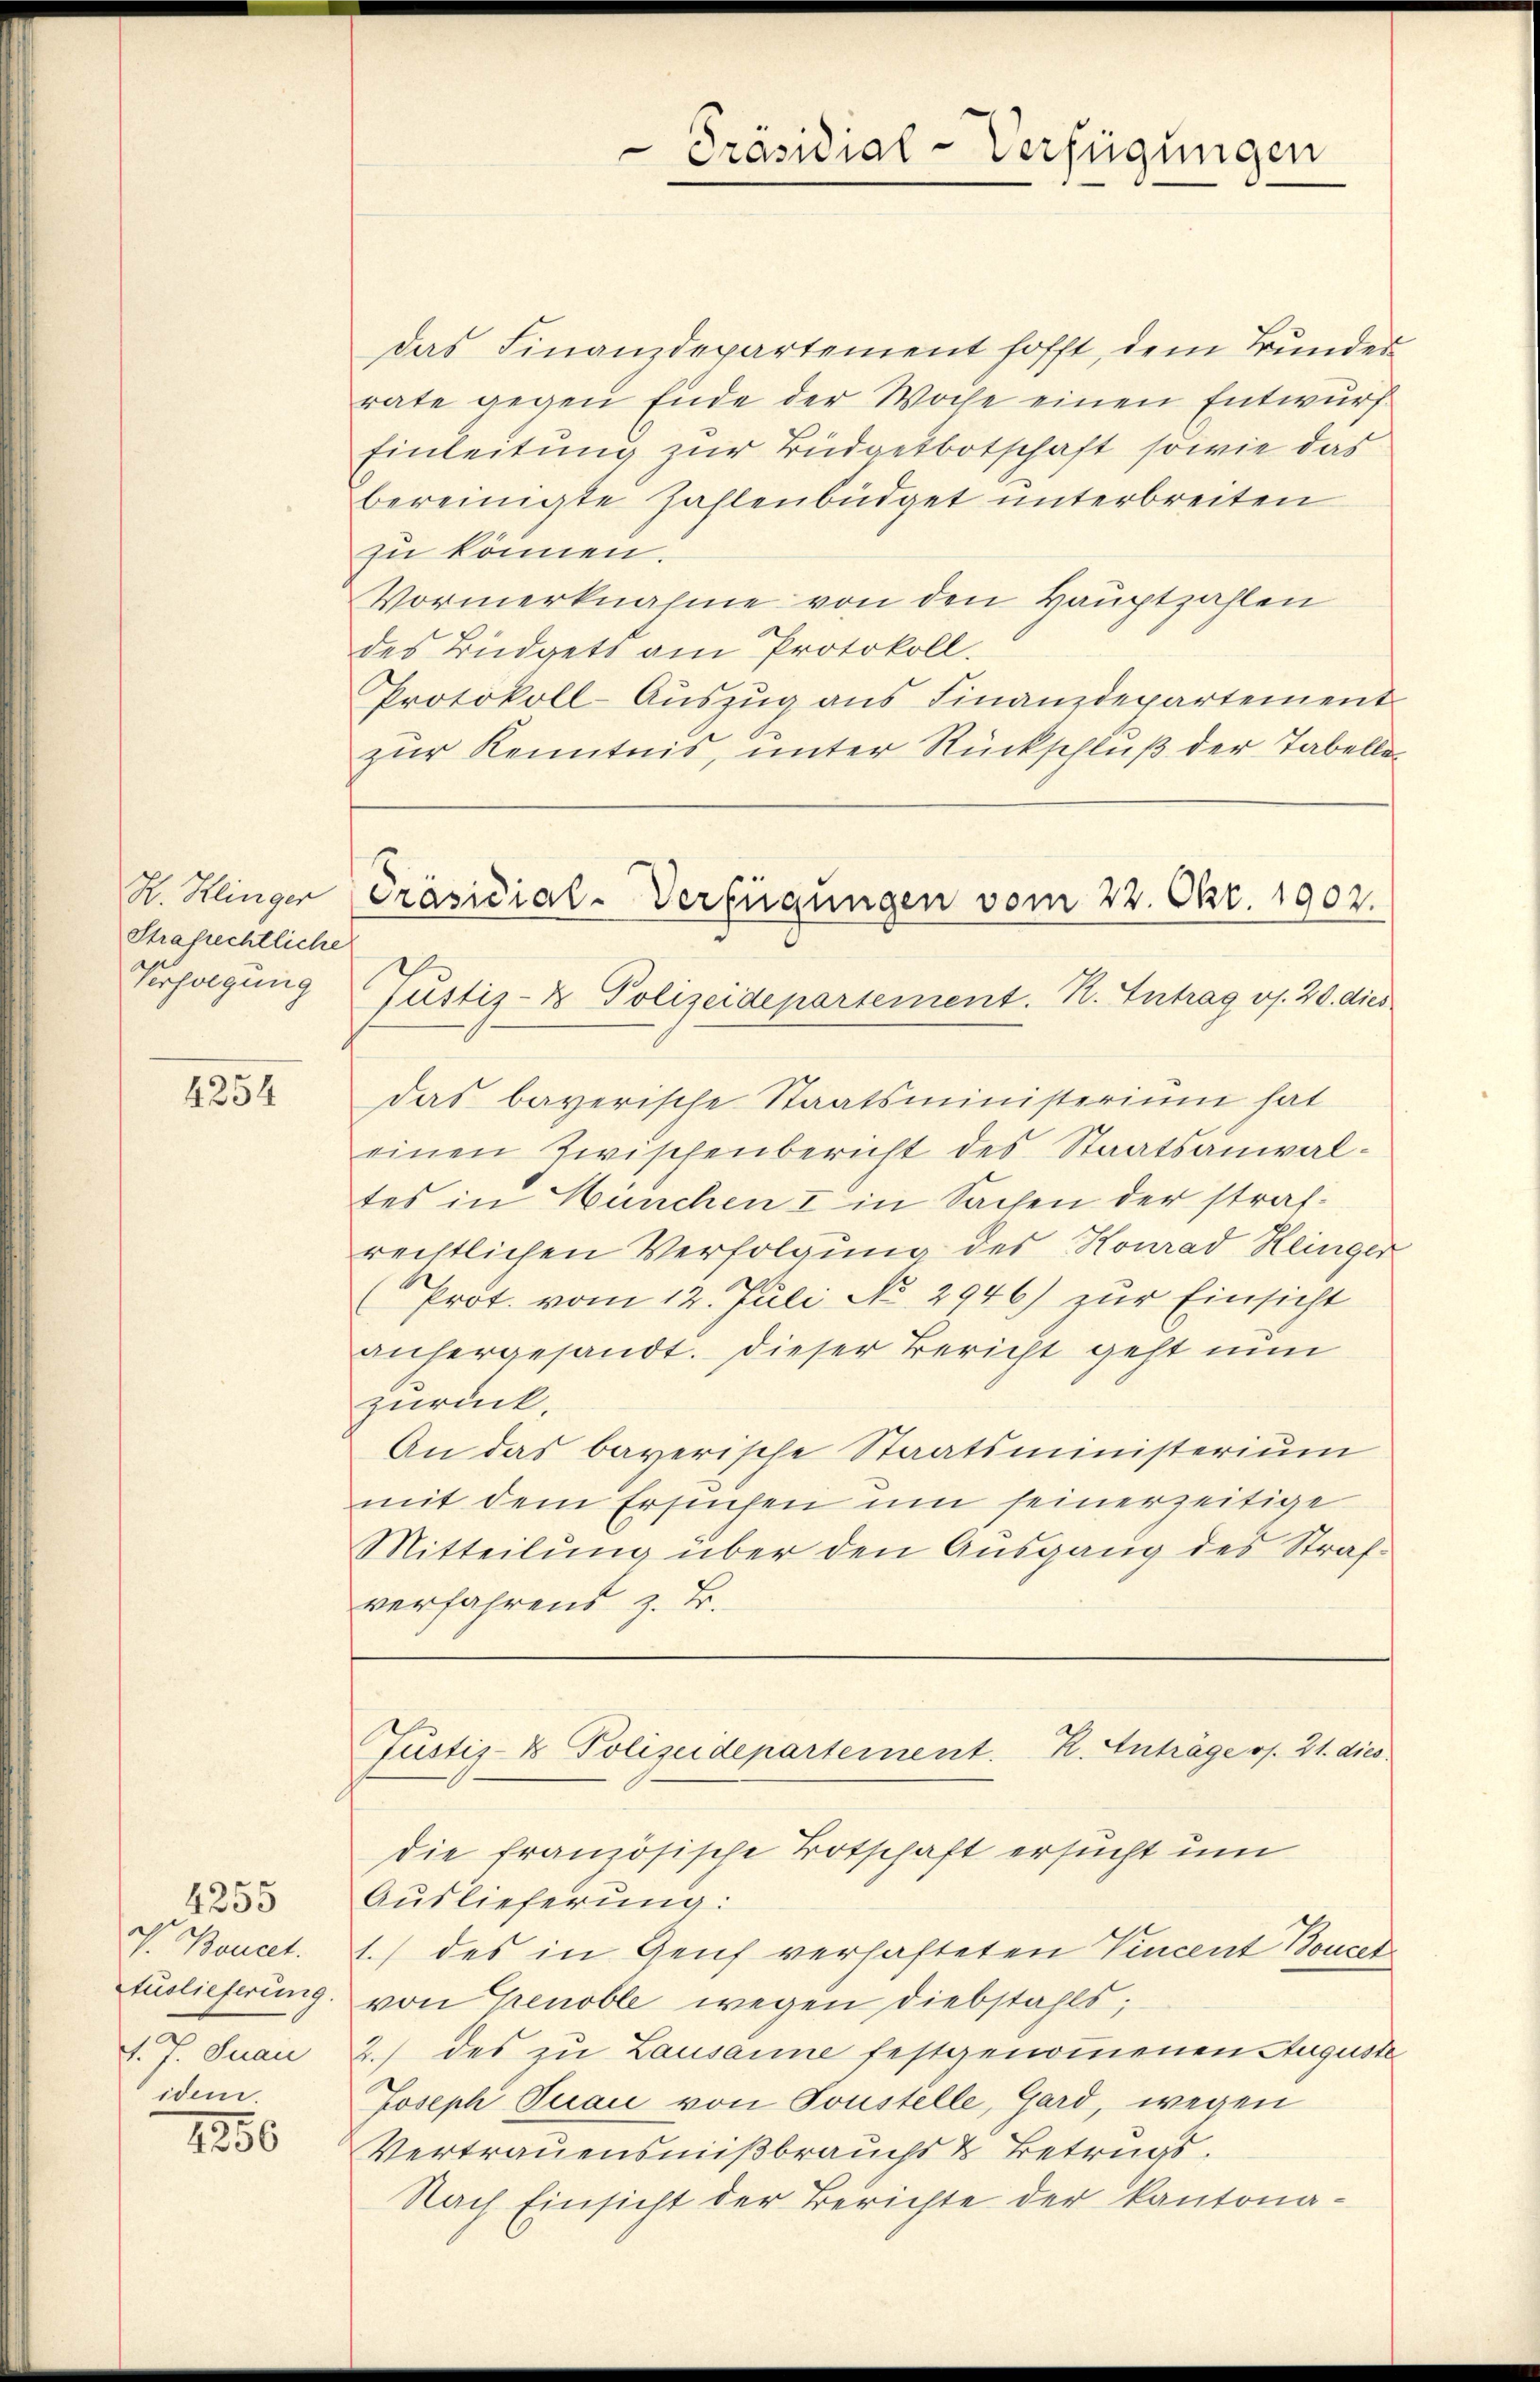
H. Klinger
Strafrechtliche
Verfolgung

4254

4255
V. Boucet.
Auslieferung.
d. J. Suan
idem.

1250

Präsidial-Verfügungen

Das Finanzdepartement hofft, dem Bundes
rate gegen Ende der Woche einen Entwurf
Einleitung zur Büdgetbotschaft, sowie das
bereinigte Zahlenbüdget unterbreiten
zu können.
Vormerknahme von den Hauptzahlen
des Büdgett am Protokoll.
Protokoll-Aŭszŭg ans Finanzdepartement
zur Kenntnis, unter Rückschluß der Tabelle
Das bayerische Staatsministerium hat
einen Zwischenbericht des Staatsanwaltes in München I in Sachen der strafrechtlichen Verfolgung des Konrad Heinger
Prot. vom 12. Juli No 2946) zur Einsicht
anhergesandt. Dieser Bericht geht nun
zurück,
An das bayerische Staatsministerium
mit dem Ersuchen um seinerzeitige
Mitteilung über den Ausgang des Strafverfahrend z. B.
Justiz- & Polizeidepartement. K. Anträge os. 21. dies
die französische Botschaft ersucht um
Auslieferung:
1.) des in Genf verhafteten Vincent Boucet
von Tenoble wegen diebstahls,
2.) des zu Lausanne festgenommenen Auguste
Joseph Tuai von Toustelle, Gard, wegen
Vertrauensmißbrauchs & Betrugs.
Nach Einsicht der Berichte der kantona¬

Präsidial-Verfügungen vom 22. Okt. 1902.
Tustiz- & Polizeidepartement. R. Eintrag/Antrag v. 20. dies